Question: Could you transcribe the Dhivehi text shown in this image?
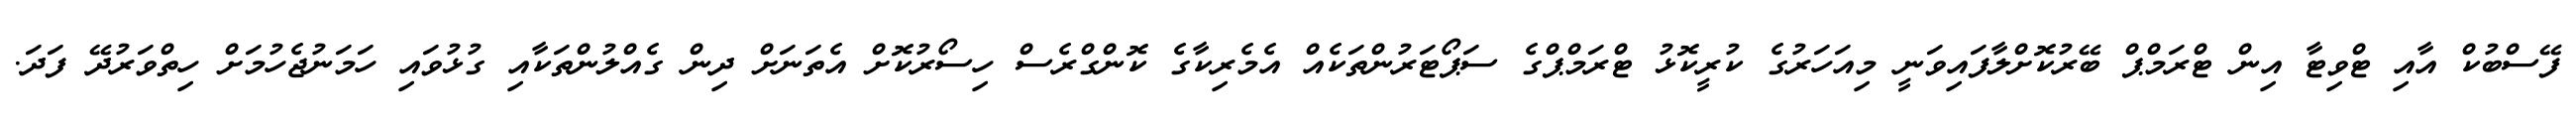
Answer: ފޭސްބުކް އާއި ޓްވިޓާ އިން ޓްރަމްޕް ބޭރުކޮށްލާފައިވަނީ މިއަހަރުގެ ކުރީކޮޅު ޓްރަމްޕްގެ ސަޕޯޓަރުންތަކެއް އެމެރިކާގެ ކޮންގްރެސް ހިސޯރުކޮށް އެތަނަށް ދިން ގެއްލުންތަކާއި ގުޅުވައި ހަމަނުޖެހުމަށް ހިތްވަރުދޭ ފަދަ.